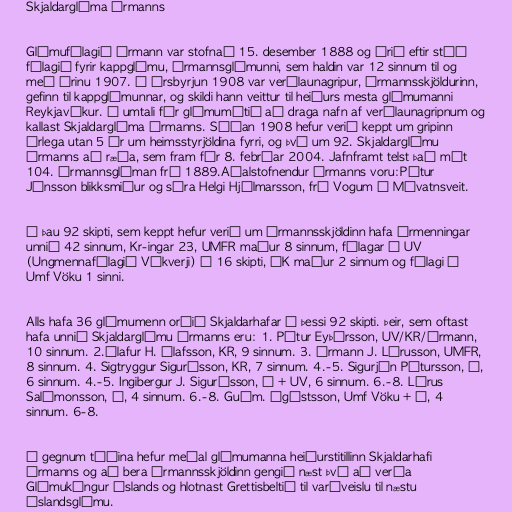
Skjaldarglíma Ármanns

Glímufélagið Ármann var stofnað 15. desember 1888 og árið eftir stóð
félagið fyrir kappglímu, Ármannsglímunni, sem haldin var 12 sinnum til og
með árinu 1907. Í ársbyrjun 1908 var verðlaunagripur, Ármannsskjöldurinn,
gefinn til kappglímunnar, og skildi hann veittur til heiðurs mesta glímumanni
Reykjavíkur. Í umtali fór glímumótið að draga nafn af verðlaunagripnum og
kallast Skjaldarglíma Ármanns. Síðan 1908 hefur verið keppt um gripinn
árlega utan 5 ár um heimsstyrjöldina fyrri, og því um 92. Skjaldarglímu
Ármanns að ræða, sem fram fór 8. febrúar 2004. Jafnframt telst það mót
104. Ármannsglíman frá 1889.Aðalstofnendur Ármanns voru:Pétur
Jónsson blikksmiður og séra Helgi Hjálmarsson, frá Vogum í Mývatnsveit.

Í þau 92 skipti, sem keppt hefur verið um Ármannsskjöldinn hafa Ármenningar
unnið 42 sinnum, Kr-ingar 23, UMFR maður 8 sinnum, félagar í UV
(Ungmennafélagið Víkverji) í 16 skipti, ÍK maður 2 sinnum og félagi í
Umf Vöku 1 sinni.

Alls hafa 36 glímumenn orðið Skjaldarhafar í þessi 92 skipti. Þeir, sem oftast
hafa unnið Skjaldarglímu Ármanns eru: 1. Pétur Eyþórsson, UV/KR/Ármann,
10 sinnum. 2.Ólafur H. Ólafsson, KR, 9 sinnum. 3. Ármann J. Lárusson, UMFR,
8 sinnum. 4. Sigtryggur Sigurðsson, KR, 7 sinnum. 4.-5. Sigurjón Pétursson, Á,
6 sinnum. 4.-5. Ingibergur J. Sigurðsson, Á + UV, 6 sinnum. 6.-8. Lárus
Salómonsson, Á, 4 sinnum. 6.-8. Guðm. Ágústsson, Umf Vöku + Á, 4
sinnum. 6-8.

Í gegnum tíðina hefur meðal glímumanna heiðurstitillinn Skjaldarhafi
Ármanns og að bera Ármannsskjöldinn gengið næst því að verða
Glímukóngur Íslands og hlotnast Grettisbeltið til varðveislu til næstu
Íslandsglímu.